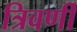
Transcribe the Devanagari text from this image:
त्रिवर्णी